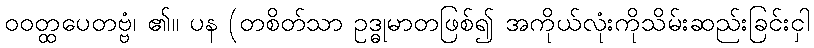
ဝဝတ္ထပေတဗ္ဗံ၊ ၏။ ပန (တစိတ်သာ ဥဒ္ဓုမာတဖြစ်၍ အကိုယ်လုံးကိုသိမ်းဆည်းခြင်းငှါ